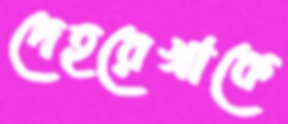
দেহরেখাকে